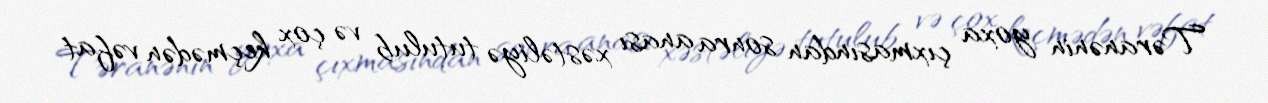
Təranənin yoxa çıxmasından sonra anası xəstəliyə tutulub və çox keçmədən vəfat